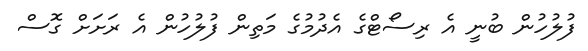
ފުލުހުން ބުނީ އެ ރިސޯޓްގެ އެދުމުގެ މަތިން ފުލުހުން އެ ރަށަށް ގޮސް